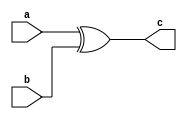
module add4(a, b, c);
  input [3:0] a,b;
  output [3:0] c;

  assign c = a ^ b;
endmodule